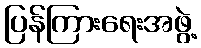
ပြန်ကြားရေးအဖွဲ့